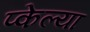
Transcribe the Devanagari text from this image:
प्केल्या